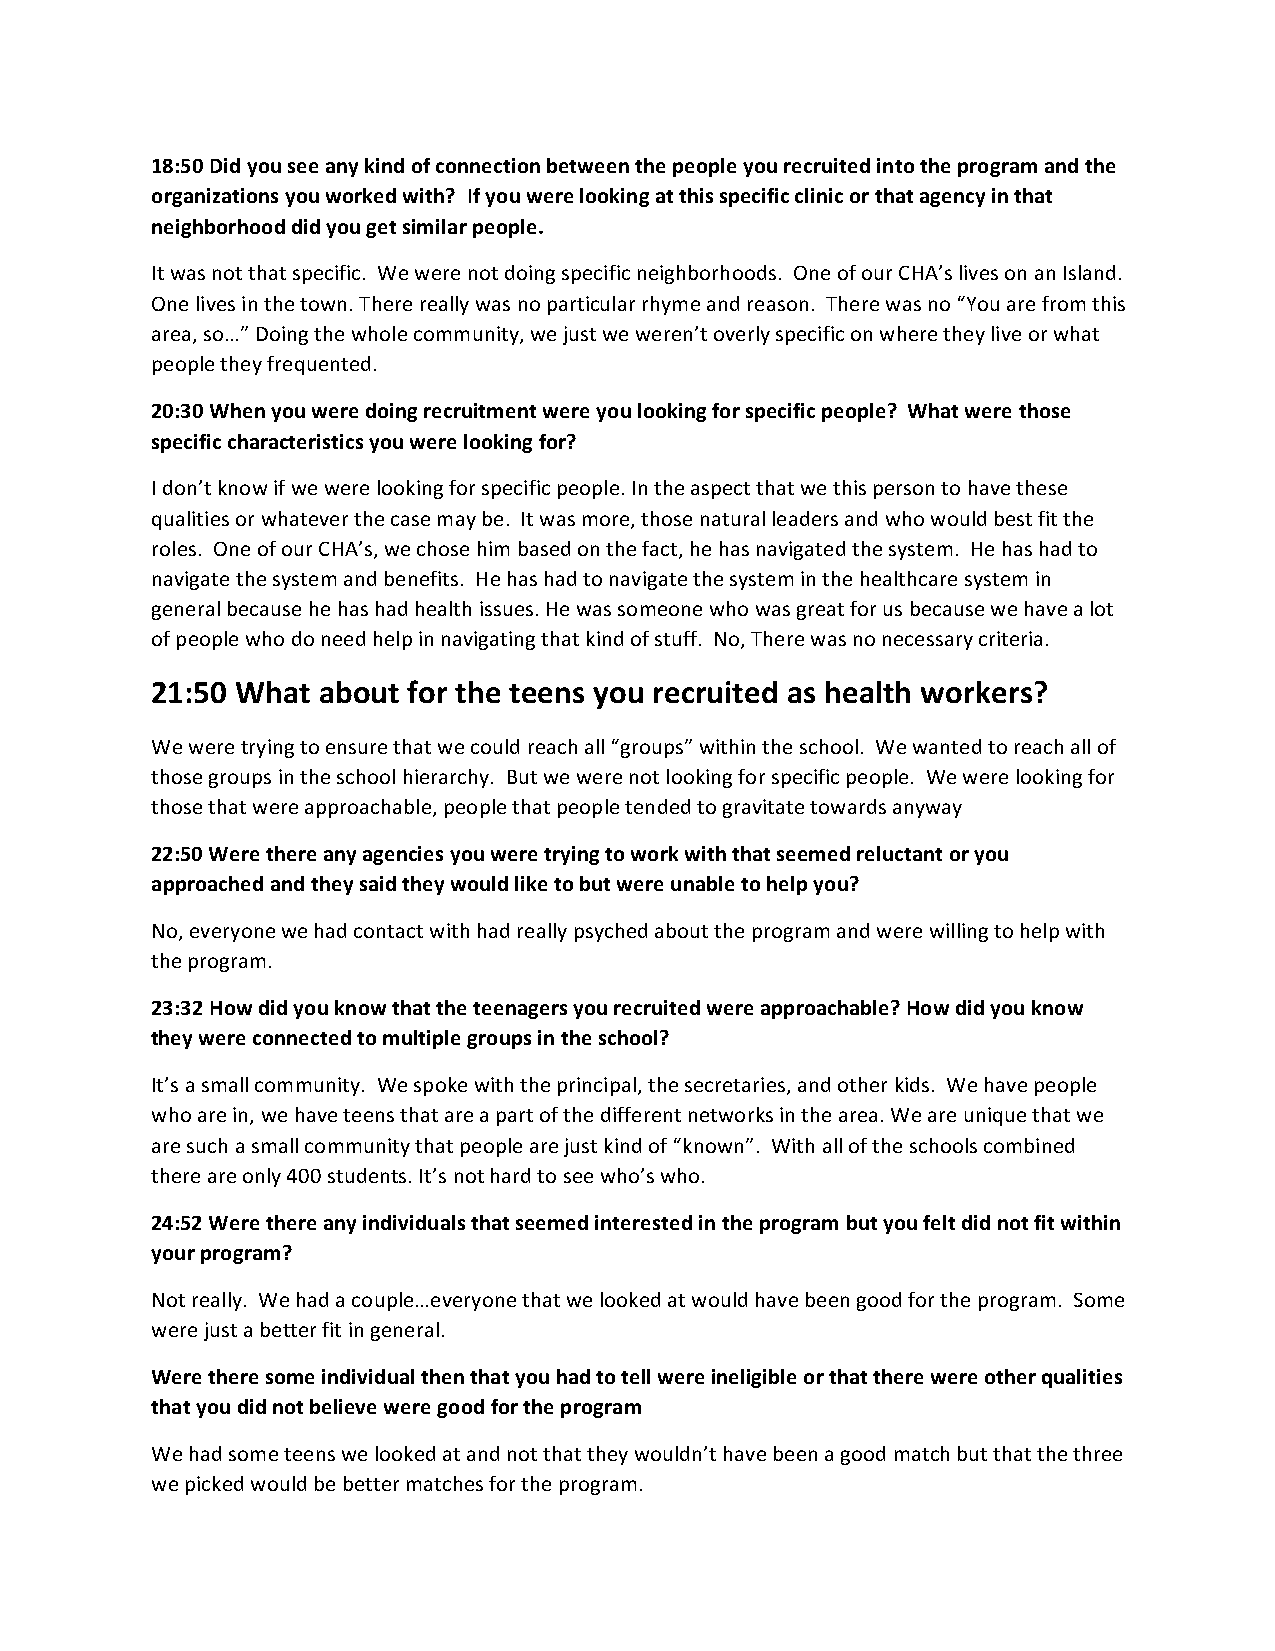
18:50 Did you see any kind of connection between the people you recruited into the program and the
 organizations you worked with? If you were looking at this specific clinic or that agency in that
 neighborhood did you get similar people.
 It was not that specific. We were not doing specific neighborhoods. One of our CHA’s lives on an Island.
 One lives in the town. There really was no particular rhyme and reason. There was no “You are from this
 area, so…” Doing the whole community, we just we weren’t overly specific on where they live or what
 people they frequented.
 20:30 When you were doing recruitment were you looking for specific people? What were those
 specific characteristics you were looking for?
 I don’t know if we were looking for specific people. In the aspect that we this person to have these
 qualities or whatever the case may be. It was more, those natural leaders and who would best fit the
 roles. One of our CHA’s, we chose him based on the fact, he has navigated the system. He has had to
 navigate the system and benefits. He has had to navigate the system in the healthcare system in
 general because he has had health issues. He was someone who was great for us because we have a lot
 of people who do need help in navigating that kind of stuff. No, There was no necessary criteria.
 21:50 What about for the teens you recruited as health workers?
 We were trying to ensure that we could reach all “groups” within the school. We wanted to reach all of
 those groups in the school hierarchy. But we were not looking for specific people. We were looking for
 those that were approachable, people that people tended to gravitate towards anyway
 22:50 Were there any agencies you were trying to work with that seemed reluctant or you
 approached and they said they would like to but were unable to help you?
 No, everyone we had contact with had really psyched about the program and were willing to help with
 the program.
 23:32 How did you know that the teenagers you recruited were approachable? How did you know
 they were connected to multiple groups in the school?
 It’s a small community. We spoke with the principal, the secretaries, and other kids. We have people
 who are in, we have teens that are a part of the different networks in the area. We are unique that we
 are such a small community that people are just kind of “known”. With all of the schools combined
 there are only 400 students. It’s not hard to see who’s who.
 24:52 Were there any individuals that seemed interested in the program but you felt did not fit within
 your program?
 Not really. We had a couple…everyone that we looked at would have been good for the program. Some
 were just a better fit in general.
 Were there some individual then that you had to tell were ineligible or that there were other qualities
 that you did not believe were good for the program
 We had some teens we looked at and not that they wouldn’t have been a good match but that the three
 we picked would be better matches for the program.